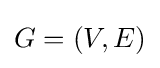
G=\left(V,E\right)